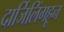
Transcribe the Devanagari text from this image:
दार्जिलिंगहून